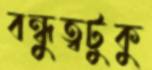
বন্ধুত্বটুকু